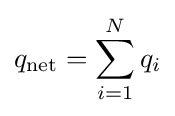
q_{\mathrm {net} }=\sum _{i=1}^{N}q_{i}\,\!